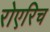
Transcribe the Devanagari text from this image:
रोएरिच